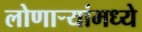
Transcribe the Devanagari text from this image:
लोणार्‍यांमध्ये